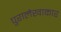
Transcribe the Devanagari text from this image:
पुरालेखाकार